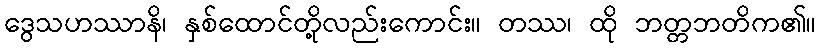
ဒွေသဟဿာနိ၊ နှစ်ထောင်တို့လည်းကောင်း။ တဿ၊ ထို ဘတ္တဘတိက၏။